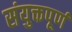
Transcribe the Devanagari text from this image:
संयुक्तपूर्ण